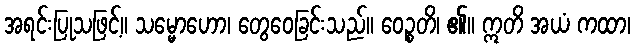
အရင်းပြုသဖြင့်။ သမ္မောဟော၊ တွေဝေခြင်းသည်။ ဝေဉ္စတိ၊ ၏။ ဣတိ အယံ ကထာ၊